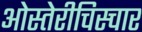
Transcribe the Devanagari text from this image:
ओस्तेरीचिस्चार